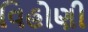
વિહોણી